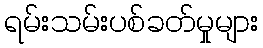
ရမ်းသမ်းပစ်ခတ်မှုများ